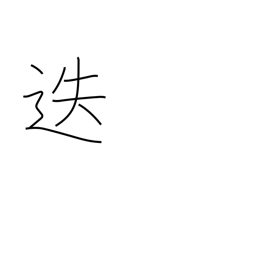
Meaning: transfer